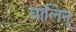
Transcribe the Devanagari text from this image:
वालिन्